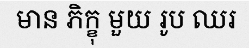
មាន ភិក្ខុ មួយ រូប ឈរ